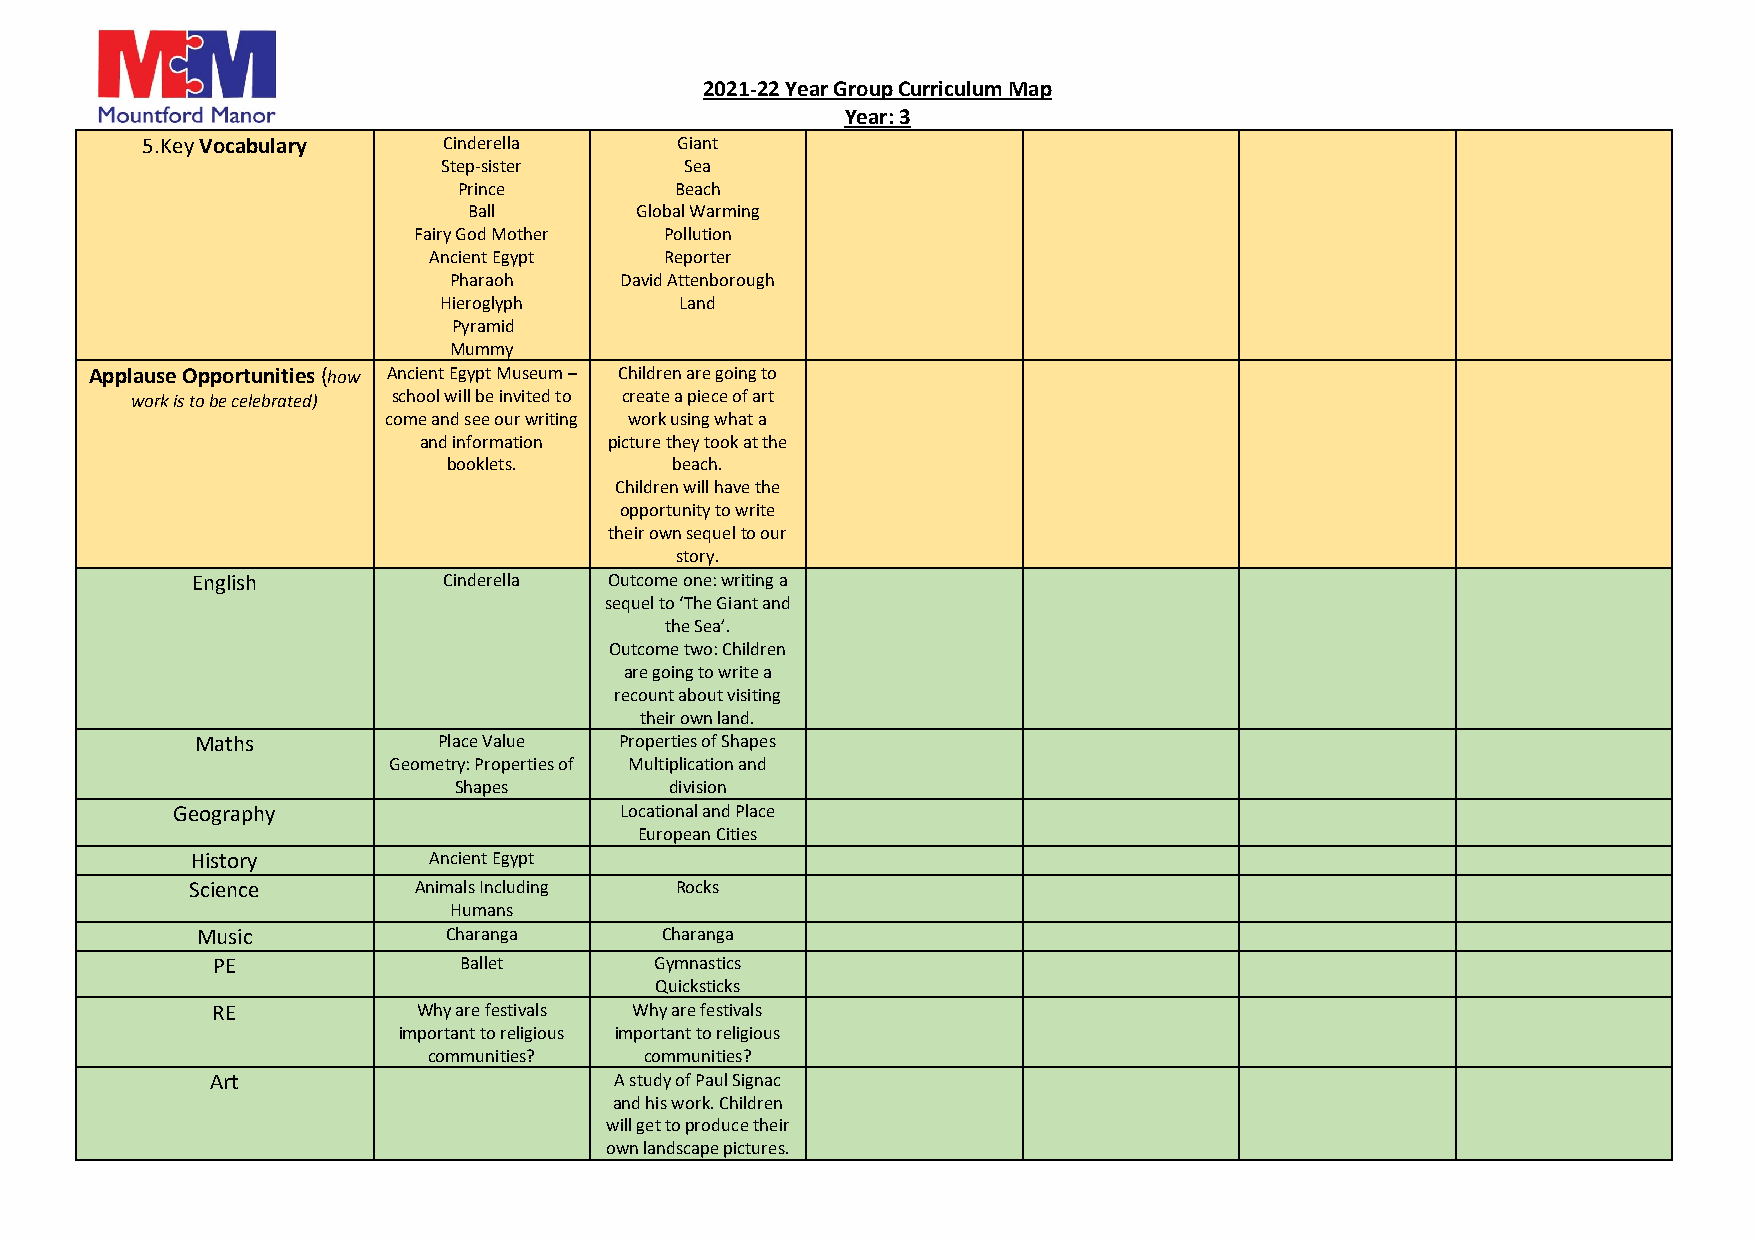
2021-22 Year Group Curriculum Map
 Year: 3
 5. Key Vocabulary   Cinderella      Giant
 Step-sister     Sea
 Prince         Beach
 Ball       Global Warming
 Fairy God Mother Pollution
 Ancient Egypt   Reporter
 Pharaoh    David Attenborough
 Hieroglyph      Land
 Pyramid
 Mummy
 Applause Opportunities (how Ancient Egypt Museum – Children are going to
 work is to be celebrated) school will be invited to create a piece of art
 come and see our writing work using what a
 and information picture they took at the
 booklets.     beach.
 Children will have the
 opportunity to write
 their own sequel to our
 story.
 English         Cinderella Outcome one: writing a
 sequel to ‘The Giant and
 the Sea’.
 Outcome two: Children
 are going to write a
 recount about visiting
 their own land.
 Maths           Place Value Properties of Shapes
 Geometry: Properties of Multiplication and
 Shapes        division
 Geography                     Locational and Place
 European Cities
 History        Ancient Egypt
 Science       Animals Including Rocks
 Humans
 Music           Charanga       Charanga
 PE              Ballet       Gymnastics
 Quicksticks
 RE            Why are festivals Why are festivals
 important to religious important to religious
 communities?   communities?
 Art                        A study of Paul Signac
 and his work. Children
 will get to produce their
 own landscape pictures.